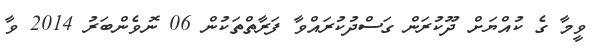
ވީމާ ގެ ކުއްޔަށް ދޫކުރަން ގަސްދުކުރައްވާ ފަރާތްތަކުން 06 ނޮވެންބަރު 2014 ވާ